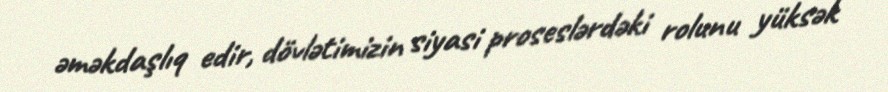
əməkdaşlıq edir, dövlətimizin siyasi proseslərdəki rolunu yüksək